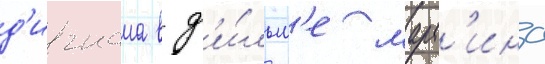
д'игнама в ф'и́льм'е март'ина